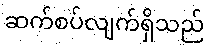
ဆက်စပ်လျက်ရှိသည်